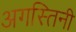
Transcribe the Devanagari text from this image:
अगस्तिनी